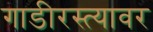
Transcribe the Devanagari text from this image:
गाडीरस्त्यावर